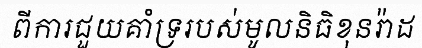
ពីការជួយគាំទ្ររបស់មូលនិធិខុនរ៉ាដ